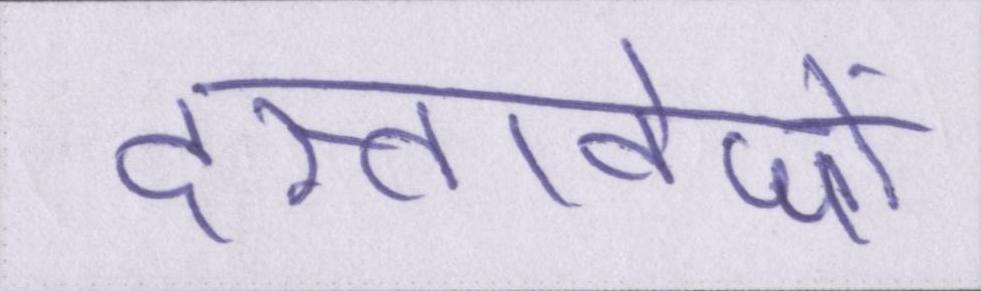
दस्तावेजों